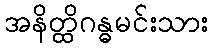
အနိတ္ထိဂန္ဓမင်းသား